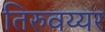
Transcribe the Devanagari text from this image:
तिरुवय्यर